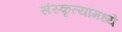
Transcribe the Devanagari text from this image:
संस्कृत्यांमध्ये